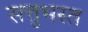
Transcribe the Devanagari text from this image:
सत्तुभस्त